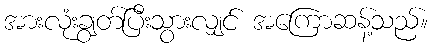
အားလုံးချွတ်ပြီးသွားလျှင် အကြောဆန့်သည်။